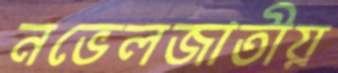
নভেলজাতীয়